Plague in India, 1896, 1897 - Volume 1
Year: 1896
Disease focus: Plague
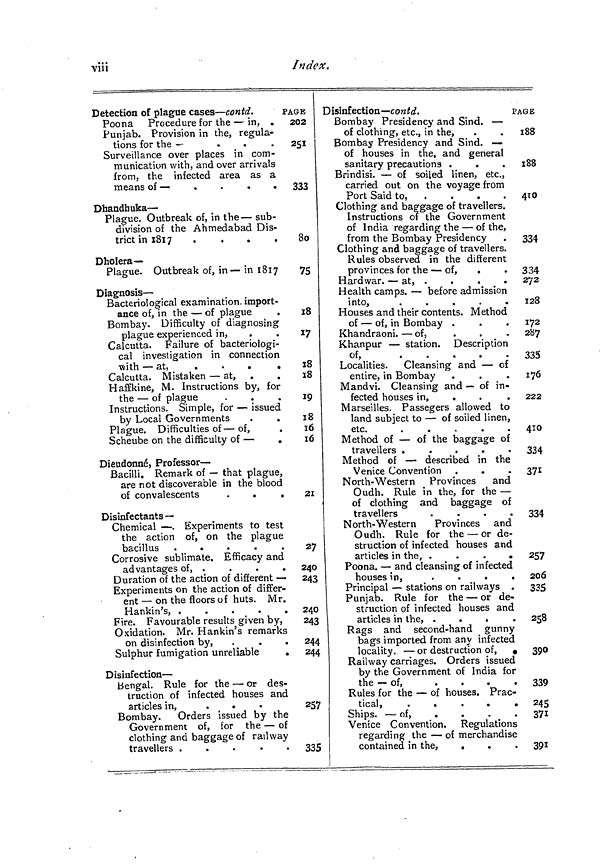
viii
Index.
Detection of plague cases — contd.
r
Poona Procedure for the — in, .
Punjab. Provision in the, regula-
tions for the —
.
Surveillance over places in com-
munication with, and over arrivals
from, the infected area as a
means of —
.
.
.
.
Dhandhuka —
Plague. Outbreak of, in the — sub-
division of the Ahmedabad Dis-
trict in 1817
Dholera—
Plague. Outbreak of, in — in 1817
Diagnosis —
Bacteriological examination, import-
ance of, in the — of plague
Bombay. Difficulty of diagnosing
plague experienced in,
Calcutta. Failure of bacteriologi-
cal investigation in connection
h — at,
.
.
.
.
Calcutta. Mistaken — at,
Haffkine, M. Instructions by, for
the — of plague
Instructions. Simple, for — issued
by Local Governments
Plague. Difficulties of — of,
Scheube on the difficulty of —
.
Dieudonné, Professor-
Bacilli. Remark of — that plague,
are not discoverable in the blood
of convalescents
.
.
.
Disinfectants—
Chemical — . Experiments to test
the action of, on the plague
bacillus .
.
.
.
.
Corrosive sublimate. Efficacy and
advantages of, .
Duration of the action of different —
Experiments on the action of differ-
ent — on the floors of huts. Mr.
Hankin's, »
.
.
«
«
Fire. Favourable results given by,
Oxidation. Mr. Hankin's remarks
on disinfection by, .
.
.
Sulphur fumigation unreliable
.
Disinfection —
Bengal. Rule for the — or des-
truction of infected houses and
articles in,
.
Bombay.
Orders issued by the
Government of, for the — of
clothing and baggage of railway
travellers .
.
.
.
.
AGE
202
251
333
80
75
18
17
18
18
19
18
16
16
21
27
240
243
240
243
244
244
257
335
Disinfection —contd.
Bombay Presidency and Sind. —
of clothing, etc., in the,
Bombay Presidency and Sind. —
of houses in the, and general
sanitary precautions .
Brindisi. — of soiled linen, etc.,
carried out on the voyage from
Port Said to,
Clothing and baggage of travellers.
Instructions of the Government
of India regarding the — of the,
from the Bombay Presidency
Clothing and baggage of travellers.
Rules observed in the different
provinces for the — of,
.
Hardwar. — at, .
Health camps. — before admission
into,
.
.
.
.
Houses and their contents. Method
of — of, in Bombay .
Khandraoni. — of,
Khanpur — station. Description
of, x '*7
*
*
•
*
*
Localities.
Cleansing and — of
entire, in Bombay
Mandvi. Cleansing and — of in-
fected houses in,
.
Marseilles. Passegers allowed to
land subject to — of soiled linen,
etc.
.
Method of — of the baggage of
travellers .
.
.
.
.
Method of — described in the
Venice Convention .
.
North-Western
Provinces
and
Oudh. Rule in the, for the —
of clothing and baggage of
travellers
.
.
.
.
North-Western
Provinces and
Oudh. Rule for the — or de-
struction of infected houses and
articles in the, .
.
.
.
Poona. — and cleansing of infected
houses in,
.
.
.
.
Principal — stations on railways .
Punjab. Rule for the — or de-
struction of infected houses and
articles in the, .
.
.
.
Rags and second-hand gunny
bags imported from any infected
locality. — or destruction of,
.
Railway carriages. Orders issued
by the Government of India for
the — of,
.
.
.
.
Rules for the — of houses. Prac-
tical,
Ships. — of,
.
Venice Convention. Regulations
regarding the — of merchandise
contained in the,
.
.
PAGB
188
188
410
334
334
272
128
172
287
335
176
222
4IO
334
371
334
257
206
335
258
390
339
245
371
391